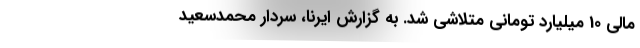
مالی 10 میلیارد تومانی متلاشی شد. به گزارش ایرنا، سردار محمدسعید